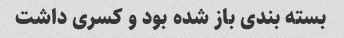
بسته بندی باز شده بود و کسری داشت